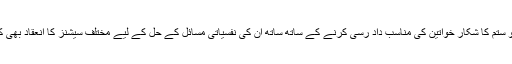
Woice معاشرے میں ظلم و ستم کا شکار خواتین کی مناسب داد رسی کرنے کے ساتھ ساتھ ان کی نفسیاتی مسائل کے حل کے لیے مختلف سیشنز کا انعقاد بھی کرتی ہے۔